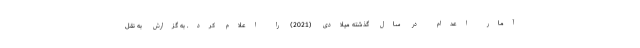
آمار اعدام در سال گذشته میلادی (2021) را اعلام کرد. به گزارش به نقل